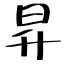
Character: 昇